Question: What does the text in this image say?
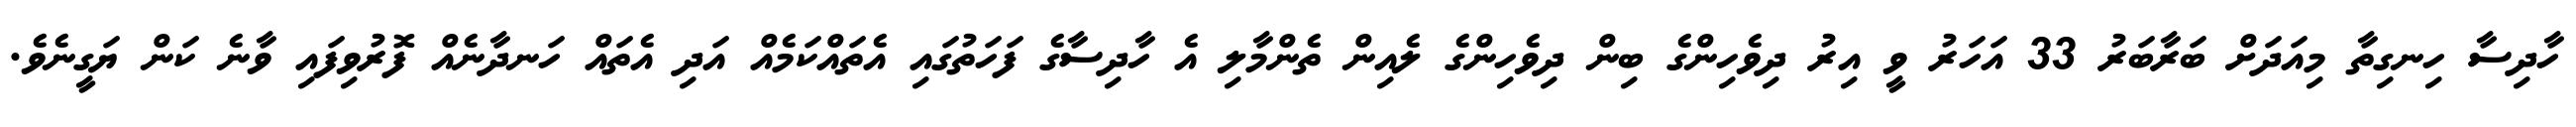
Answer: ހާދިސާ ހިނގިތާ މިއަދަށް ބަރާބަރު 33 އަހަރު ވީ އިރު ދިވެހިންގެ ބިން ދިވެހިންގެ ލެއިން ތެންމާލި އެ ހާދިސާގެ ފަހަތުގައި އެތައްކަމެއް އަދި އެތައް ހަނދާނެއް ފޮރުވިފައި ވާނެ ކަން ޔަގީނެވެ.